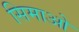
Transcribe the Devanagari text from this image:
सिमाओ